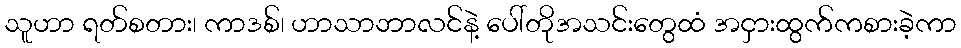
သူဟာ ရတ်စတား၊ ကာဒစ်၊ ဟာသာဘာလင်နဲ့ ပေါ်တိုအသင်းတွေထံ အငှားထွက်ကစားခဲ့ကာ